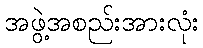
အဖွဲ့အစည်းအားလုံး